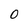
Character: 0